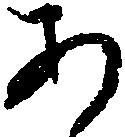
あ